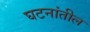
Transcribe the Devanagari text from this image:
घटनांतील